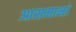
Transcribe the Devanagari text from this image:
आसमानां